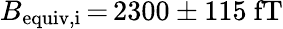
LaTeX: B_{\mathrm{equiv,i}}\, {=}\, 2300\pm 115~\mathrm{fT}